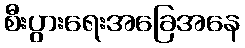
စီးပွားရေးအခြေအနေ